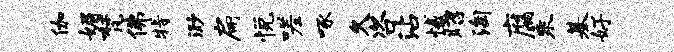
伽媚梵佛特渺扁悦嗟啄久咨沾憾昭淘腐乘基好